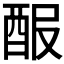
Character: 𨠡